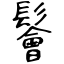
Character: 鬠